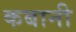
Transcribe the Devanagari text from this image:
कबानी